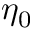
\eta _ { 0 }